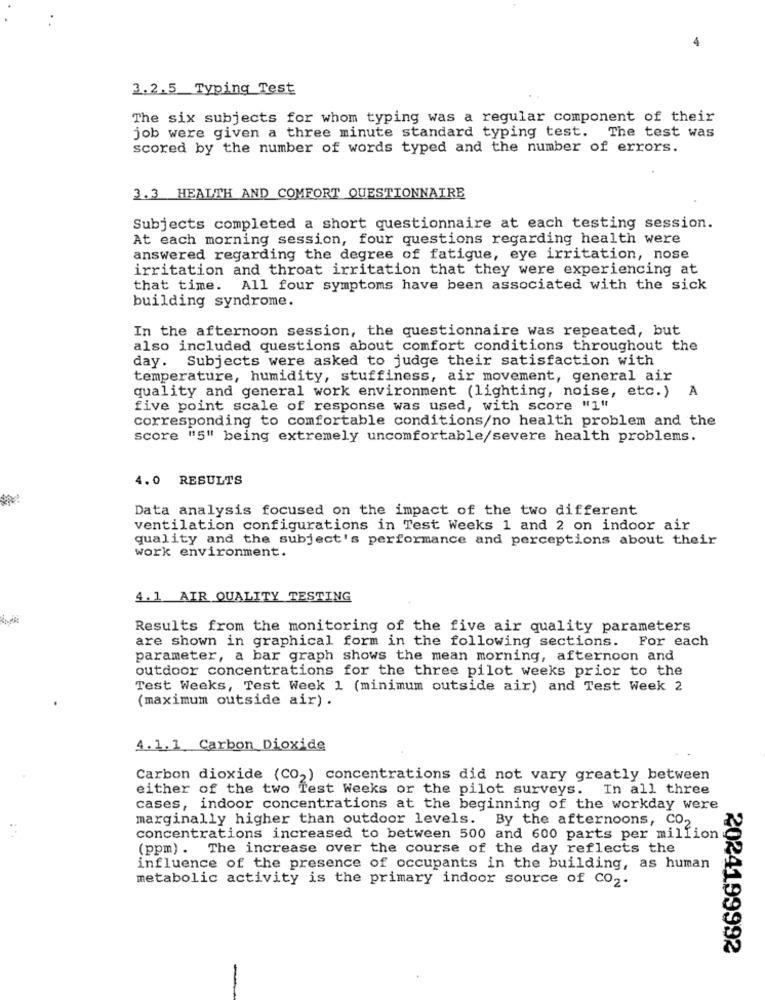
3.2.5 Typing Test
The six subjects for whom typing was a regular component of their
job were given a three minute standard typing test. The test was
scored by the number of words typed and the number of errors.
3.3 HEALTH AND COMFORT QUESTIONNAIRE
Subjects completed a short questionnaire at each testing session.
At each morning session, four questions regarding health were
answered regarding the degree of fatigue, eye irritation, nose
irritation and throat irritation that they were experiencing at
that time. All four symptoms have been associated with the sick
building syndrome.
In the afternoon session, the questionnaire was repeated, but
also included questions about comfort conditions throughout the
day. Subjects were asked to judge their satisfaction with
temperature, humidity, stuffiness, air movement, general air
quality and general work environment (lighting, noise, etc.) A
five point scale of response was used, with score "1"
corresponding to comfortable conditions/no health problem and the
score "5" being extremely uncomfortable/severe health problems.
4. 0 RESULTS
Data analysis focused on the impact of the two different
ventilation configurations in Test Weeks 1 and 2 on indoor air
quality and the subject's performance and perceptions about their
work environment.
4.1 AIR QUALITY TESTING
Results from the monitoring of the five air quality parameters
are shown in graphical form in the following sections. For each
parameter, a bar graph shows the mean morning, afternoon and
outdoor concentrations for the three pilot weeks prior to the
Test Weeks, Test Week 1 (minimum outside air) and Test Week 2
(maximum outside air) .
4.1.1 Carbon Dioxide
Carbon dioxide (CO2) concentrations did not vary greatly between
either of the two Test Weeks or the pilot surveys. In all three
cases, indoor concentrations at the beginning of the workday were
marginally higher than outdoor levels.
By the afternoons, Co2
concentrations increased to between 500 and 600 parts per million
(ppm) . The increase over the course of the day reflects the
influence of the presence of occupants in the building, as human
metabolic activity is the primary indoor source of Co2.
2024199992